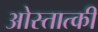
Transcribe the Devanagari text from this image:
ओस्तात्की